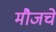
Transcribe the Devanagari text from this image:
मौजचे